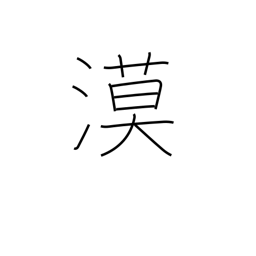
Meaning: desert